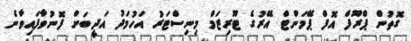
ގޮތުން ޕްރޫފް އޮފް ޕޭމަންޓް އޭރުގެ ޓޫރިޒަމް މިނިސްޓަރު އަހުމަދު އަދީބަށް ފޮނުވާފައިވާނެ